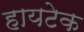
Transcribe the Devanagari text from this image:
हायटेक